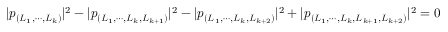
| p _ { ( L _ { 1 } , \cdots , L _ { k } ) } | ^ { 2 } - | p _ { ( L _ { 1 } , \cdots , L _ { k } , L _ { k + 1 } ) } | ^ { 2 } - | p _ { ( L _ { 1 } , \cdots , L _ { k } , L _ { k + 2 } ) } | ^ { 2 } + | p _ { ( L _ { 1 } , \cdots , L _ { k } , L _ { k + 1 } , L _ { k + 2 } ) } | ^ { 2 } = 0